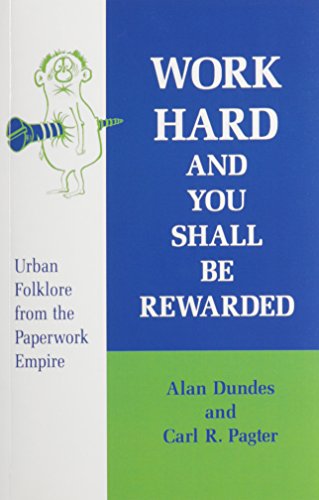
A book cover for Work Hard and You Shall Be Rewarded: Urban Folklore from the Paperwork Empire (Humor in Life and Letters Series); Alan Dundes; Humor & Entertainment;